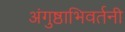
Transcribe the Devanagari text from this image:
अंगुष्ठाभिवर्तनी